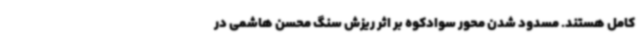
کامل هستند. مسدود شدن محور سوادکوه بر اثر ریزش سنگ محسن هاشمی در